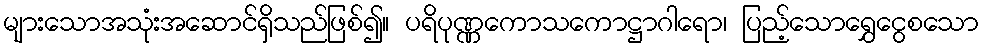
များသောအသုံးအဆောင်ရှိသည်ဖြစ်၍။ ပရိပုဏ္ဏကောသကောဋ္ဌာဂါရော၊ ပြည့်သောရွှေငွေစသော